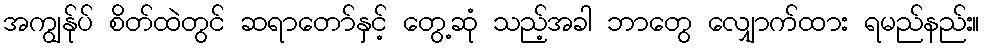
အကျွန်ုပ် စိတ်ထဲတွင် ဆရာတော်နှင့် တွေ့ဆုံ သည့်အခါ ဘာတွေ လျှောက်ထား ရမည်နည်း။